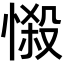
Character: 𢟌